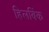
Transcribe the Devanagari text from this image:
हिलबिंक